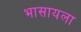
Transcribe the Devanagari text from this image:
भासायला